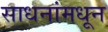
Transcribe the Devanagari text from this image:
साधनांमधून